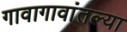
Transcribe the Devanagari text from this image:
गावागावांतल्या